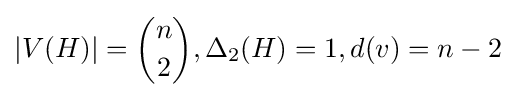
|V(H)|={n \choose 2},\Delta _{2}(H)=1,d(v)=n-2